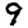
Digit: 9